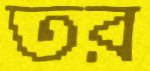
তর